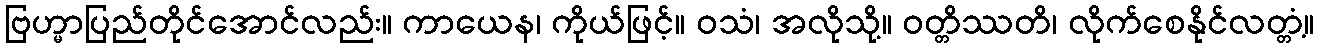
ဗြဟ္မာပြည်တိုင်အောင်လည်း။ ကာယေန၊ ကိုယ်ဖြင့်။ ဝသံ၊ အလိုသို့။ ဝတ္တိဿတိ၊ လိုက်စေနိုင်လတ္တံ့။